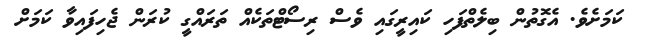
ކަމަށެވެ. އެގޮތުން ބިލެތްފަހި ކައިރީގައި ވެސް ރިސޯޓްތަކެއް ތަރައްގީ ކުރަން ޖެހިފައިވާ ކަމަށް